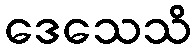
ဒေသေသိ